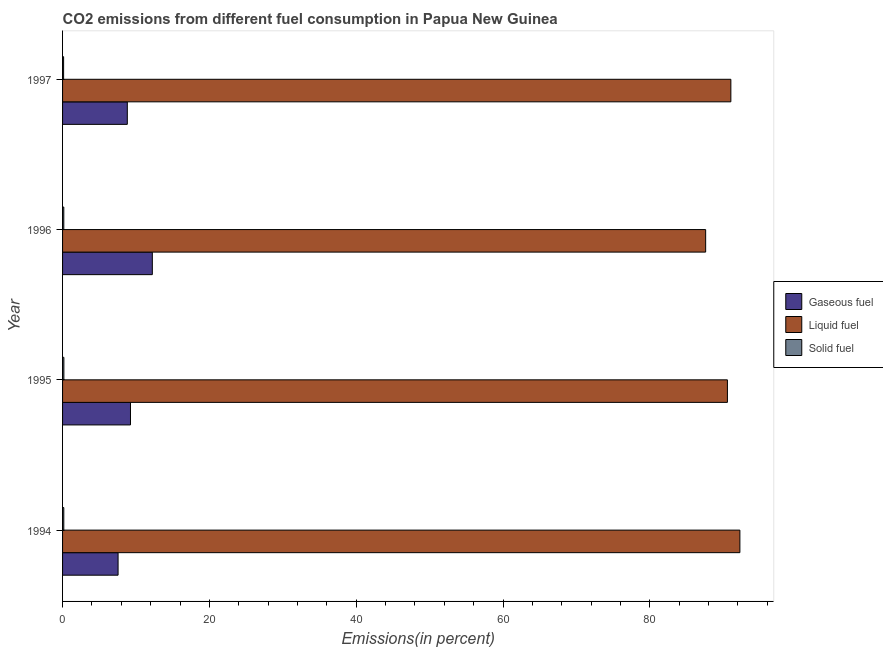
| Year | Gaseous fuel | Liquid fuel | Solid fuel |
 | --- | --- | --- | --- |
 | 1994 | 7.56 | 92.3 | 0.168 |
 | 1995 | 9.25 | 90.6 | 0.178 |
 | 1996 | 12.2 | 87.6 | 0.168 |
 | 1997 | 8.82 | 91 | 0.142 |